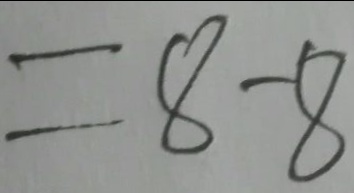
= 8 - 8